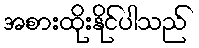
အစားထိုးနိုင်ပါသည်